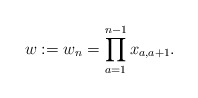
\begin{gather*}w:=w_n=\prod_{a=1}^{n-1} x_{a,a+1}.\end{gather*}